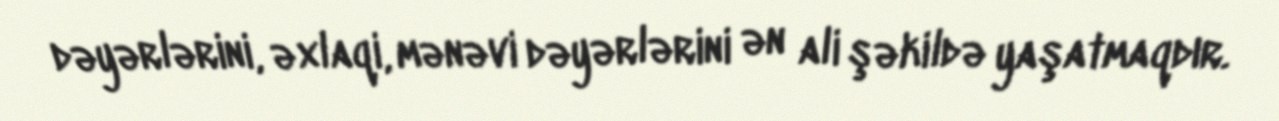
dəyərlərini, əxlaqi, mənəvi dəyərlərini ən ali şəkildə yaşatmaqdır.